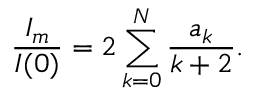
{ \frac { I _ { m } } { I ( 0 ) } } = 2 \sum _ { k = 0 } ^ { N } { \frac { a _ { k } } { k + 2 } } .